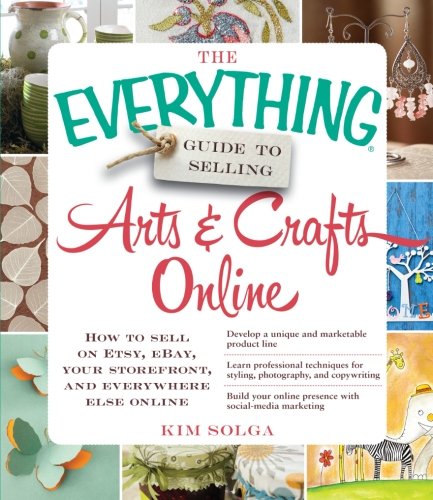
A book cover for The Everything Guide to Selling Arts & Crafts Online: How to sell on Etsy, eBay, your storefront, and everywhere else online; Kim Solga; Crafts, Hobbies & Home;